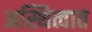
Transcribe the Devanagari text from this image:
अस्थित्वात